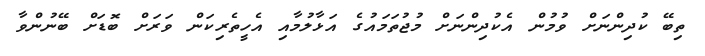
ތިބޭ ކުދިންނަށް ވުމުން އެކުދިންނަށް މުޖުތަމައުގެ އަޅާލުމާއި އެހީތެރިކަން ވަރަށް ބޮޑަށް ބޭނުންވާ